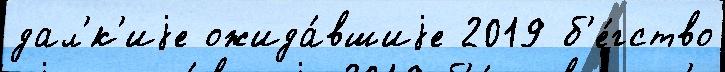
дал'́к'иjе ожида́вшиjе 2019 б'е́гство